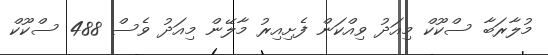
މުލާރަބާ ސްކޫކް މިއަދު ވިއްކަން ފެށިއިރު މާލޭން މިއަދު ވެސް 488 ސްކޫކް